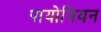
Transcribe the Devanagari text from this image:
पायोनियन